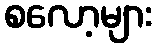
စလော့များ